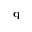
\mathbf { q }